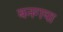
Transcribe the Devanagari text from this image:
बनगया